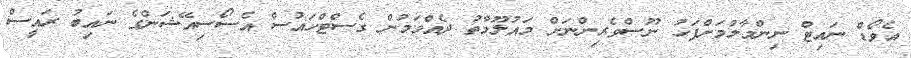
އެވޯޑް ނައިޓް ނިންމާލުމަށްފަހު ނޫސްވެރިންނަށް މައުލޫމާތު ދެއްވަމުން ގެސްޓްހައުސް އެސޯސިއޭޝަންގެ ނައިބު ރައީސް